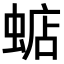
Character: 𧍈